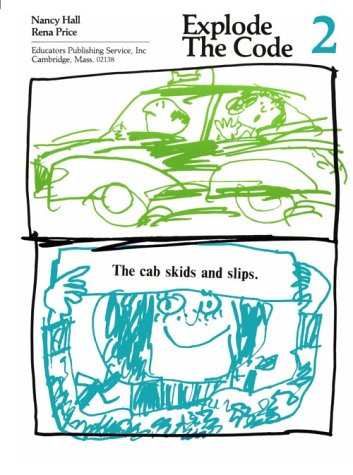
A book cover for Explode the Code Book 2; Nancy Hall; Education & Teaching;